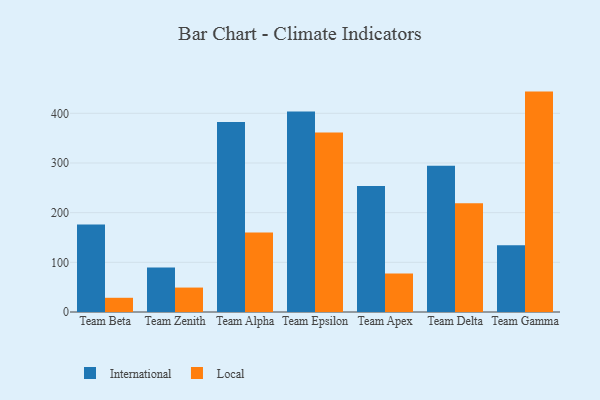
{"axis": {"x": "Team", "y": "Satisfaction Score"}, "legend": ["International", "Local"], "data": [{"x": "Team Beta", "y": 176.4, "type": "International"}, {"x": "Team Beta", "y": 28.6, "type": "Local"}, {"x": "Team Zenith", "y": 89.4, "type": "International"}, {"x": "Team Zenith", "y": 49.2, "type": "Local"}, {"x": "Team Alpha", "y": 382.6, "type": "International"}, {"x": "Team Alpha", "y": 160.0, "type": "Local"}, {"x": "Team Epsilon", "y": 403.8, "type": "International"}, {"x": "Team Epsilon", "y": 361.2, "type": "Local"}, {"x": "Team Apex", "y": 253.9, "type": "International"}, {"x": "Team Apex", "y": 77.4, "type": "Local"}, {"x": "Team Delta", "y": 294.3, "type": "International"}, {"x": "Team Delta", "y": 218.7, "type": "Local"}, {"x": "Team Gamma", "y": 134.5, "type": "International"}, {"x": "Team Gamma", "y": 443.7, "type": "Local"}]}